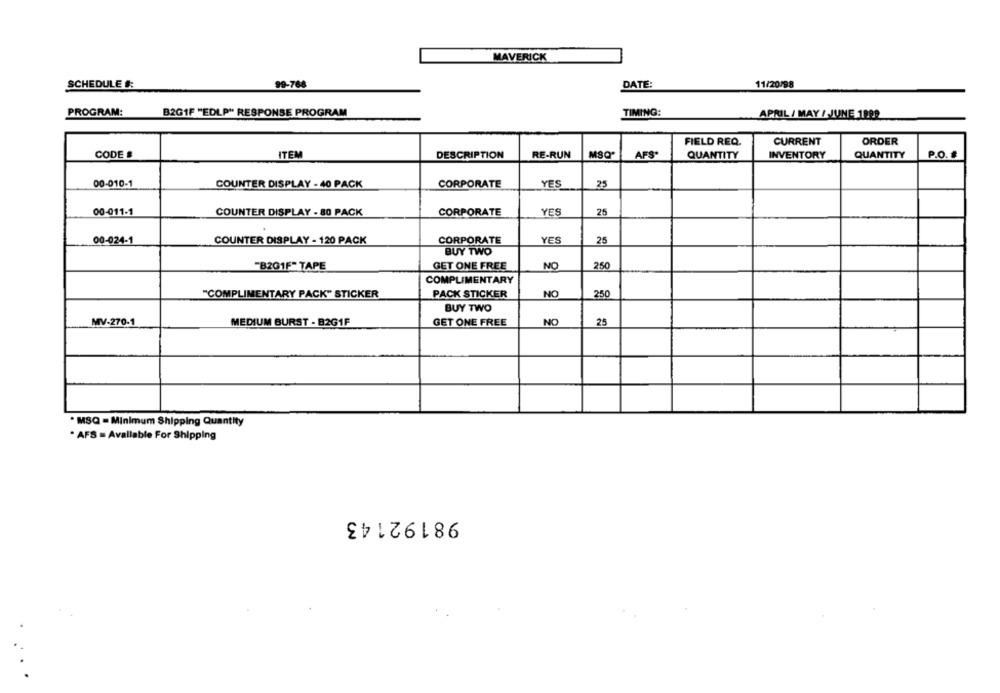
MAVERICK
SCHEDULE #:
99-768
DATE:
11/20/98
PROGRAM:
B2GIF "EDLP" RESPONSE PROGRAM
TIMING:
APRIL / MAY /JUNE 1998
FIELD REQ.
CURRENT
ORDER
CODE #
ITEM
DESCRIPTION
RE-RUN
MSQ
AFS*
QUANTITY
INVENTORY
QUANTITY
P.O.
00-010-1
COUNTER DISPLAY - 40 PACK
CORPORATE
YES
25
00-011-1
COUNTER DISPLAY - 80 PACK
CORPORATE
YES
25
00-024-1
COUNTER DISPLAY - 120 PACK
CORPORATE
YES
25
BUY TWO
"B201F" TAPE
GET ONE FREE
NO
250
COMPLIMENTARY
"COMPLIMENTARY PACK" STICKER
PACK STICKER
NO
250
BUY TWO
MV-270-1
MEDIUM BURST - B2G1F
GET ONE FREE
NO
25
. MSQ = Minimum Shipping Quantity
· AFS = Available For Shipping
98192143